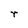
Character: r